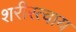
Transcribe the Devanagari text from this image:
शरीरत्वाय